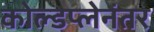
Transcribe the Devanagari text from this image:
कोल्डप्लेनंतर